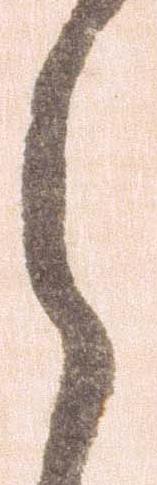
之